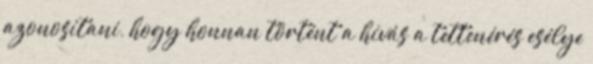
azonosítani, hogy honnan történt a hívás a tettenérés esélye